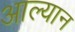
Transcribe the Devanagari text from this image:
आल्यान